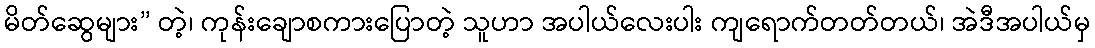
မိတ်ဆွေများ” တဲ့၊ ကုန်းချောစကားပြောတဲ့ သူဟာ အပါယ်လေးပါး ကျရောက်တတ်တယ်၊ အဲဒီအပါယ်မှ